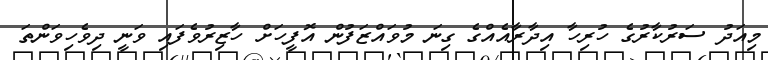
މިއަދު ސަރުކާރުގެ ހުރިހާ އިދާރާއެއްގެ ގިނަ މުވައްޒަފުން އޮފީހަށް ހާޒިރުވެފައި ވަނީ ދިވެހިވަންތަ